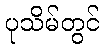
ပုသိမ်တွင်